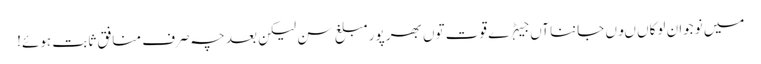
میں نوجوان لوکاں ںوں جاننا آں جیہڑے قوت توں بھر پور مبلغ سن لیکن بعد چہ صرف منافق ثابت ہوئے!